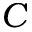
C